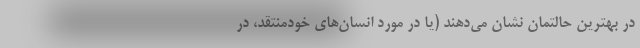
در بهترین حالتمان نشان می‌دهند (یا در مورد انسان‌های خودمنتقد، در